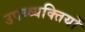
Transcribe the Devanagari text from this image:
उपय्व्यक्तियों